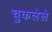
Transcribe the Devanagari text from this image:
चुकलेले